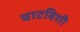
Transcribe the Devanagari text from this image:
चाटविशी